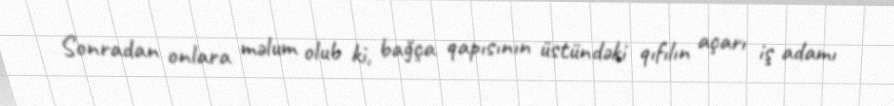
Sonradan onlara məlum olub ki, bağça qapısının üstündəki qıfılın açarı iş adamı